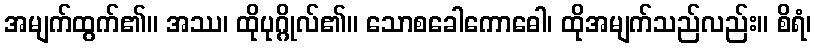
အမျက်ထွက်၏။ အဿ၊ ထိုပုဂ္ဂိုလ်၏။ သောစခေါကောဓေါ၊ ထိုအမျက်သည်လည်း။ စိရံ၊